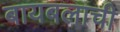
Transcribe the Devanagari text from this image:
बायबलाची